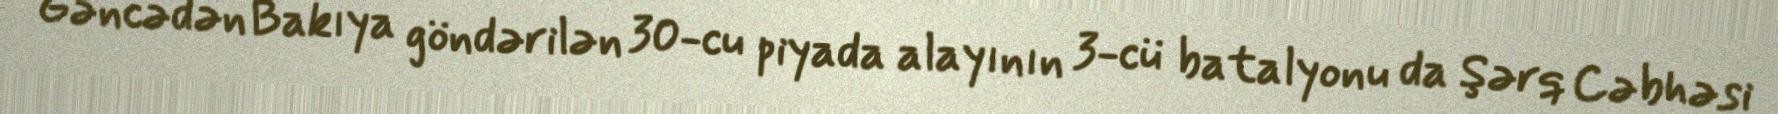
Gəncədən Bakıya göndərilən 30-cu piyada alayının 3-cü batalyonu da Şərq Cəbhəsi